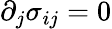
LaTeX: \partial_{j}\sigma_{ij}=0